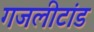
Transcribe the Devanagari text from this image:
गजलीटांड